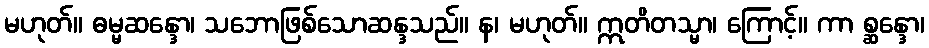
မဟုတ်။ ဓမ္မဆန္ဒော၊ သဘောဖြစ်သောဆန္ဒသည်။ န၊ မဟုတ်။ ဣတိတသ္မာ၊ ကြောင့်။ ကာ စ္ဆန္ဒော၊